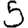
Digit: 5